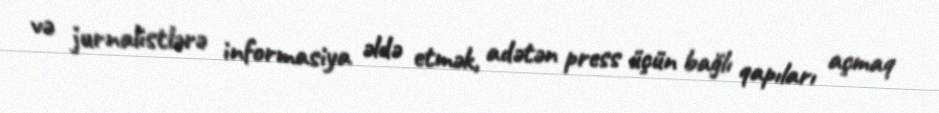
və jurnalistlərə informasiya əldə etmək, adətən press üçün bağlı qapıları açmaq